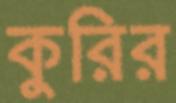
কুরির